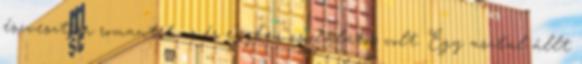
észvesztően romantikus és egyben csodálatos volt. Egy asztal állt